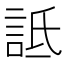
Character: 詆